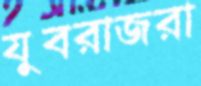
যুবরাজরা